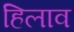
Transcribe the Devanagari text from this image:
हिलाव